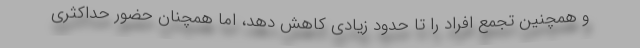
و همچنین تجمع افراد را تا حدود زیادی کاهش دهد، اما همچنان حضور حداکثری